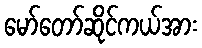
မော်တော်ဆိုင်ကယ်အား